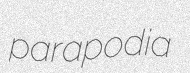
parapodia